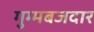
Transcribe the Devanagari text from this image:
गुम्मबजदार